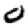
Digit: 0